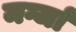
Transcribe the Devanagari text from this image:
मर्ग्जा